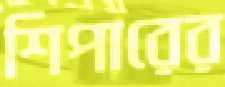
শিপারের